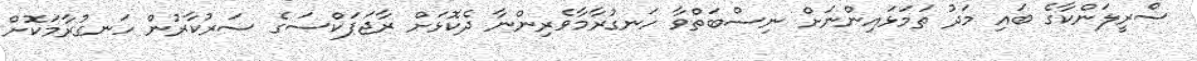
ސްރީލަންކާގެ ބައި މަދު ތަމަޅައިންނަށް ނިސްބަތްވާ ހަނގުރާމާވެރިންނާ ދެކޮޅަށް ރާޖަޕަކްސަގެ ސަރުކާރުން ހަނގުރާމަކޮށް